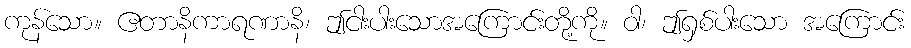
ကုန်သော။ ဧတာနိကာရဏာနိ၊ ဤငါးပါးသောအကြောင်းတို့ကို။ ဝါ၊ ဤရှစ်ပါးသော အကြောင်း